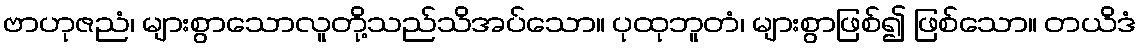
ဗာဟုဇညံ၊ များစွာသောလူတို့သည်သိအပ်သော။ ပုထုဘူတံ၊ များစွာဖြစ်၍ ဖြစ်သော။ တယိဒံ